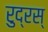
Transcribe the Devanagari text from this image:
रुद्रस्